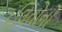
દલિતોનો